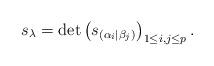
LaTeX: \begin{align*}s_\lambda = \det \left( s_{(\alpha_i | \beta_j)} \right)_{1 \le i, j \le p}.\end{align*}